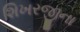
શિખરજીના